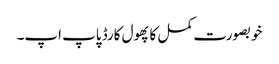
خوبصورت کمل کا پھول کارڈ پاپ اپ۔